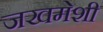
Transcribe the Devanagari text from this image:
जखमेशी